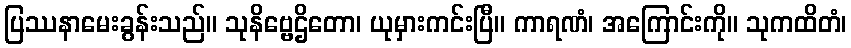
ပြဿနာမေးခွန်းသည်။ သုနိဗ္ဗေဌိတော၊ ယုမှားကင်းပြီ။ ကာရဏံ၊ အကြောင်းကို။ သုကထိတံ၊